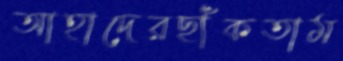
আহাদেরছাঁকতাম